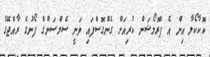
ކޮކާކޯލާ އިން އެ ޕްރޮމޯޝަން ކުރިއަށް ގެންގޮސްފައި ވަނީ ސެމްސަންގް ފޯނުގެ ރާއްޖޭގެ